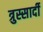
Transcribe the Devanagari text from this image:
त्रुस्सार्दी